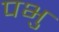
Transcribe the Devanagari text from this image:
पभु